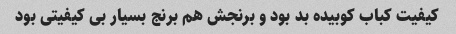
کیفیت کباب کوبیده بد بود و برنجش هم برنج بسیار بی کیفیتی بود